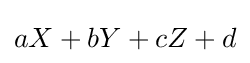
aX+bY+cZ+d